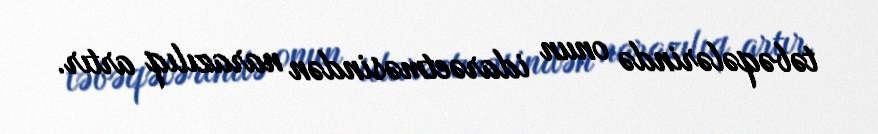
təbəqələrində onun idarəetməsindən narazılıq artır.